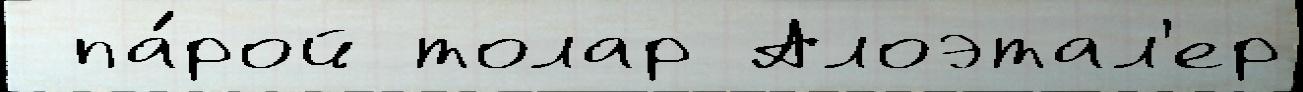
 па́рой толар Алоэтал'ер